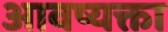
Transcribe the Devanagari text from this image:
आवष्यक्ता